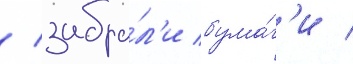
/ забра́л'и бума́г'и /